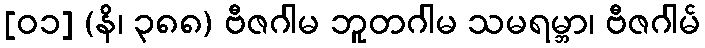
[၀၁] (နိ၊ ၃၈၈) ဗီဇဂါမ ဘူတဂါမ သမရမ္ဘာ၊ ဗီဇဂါမ်